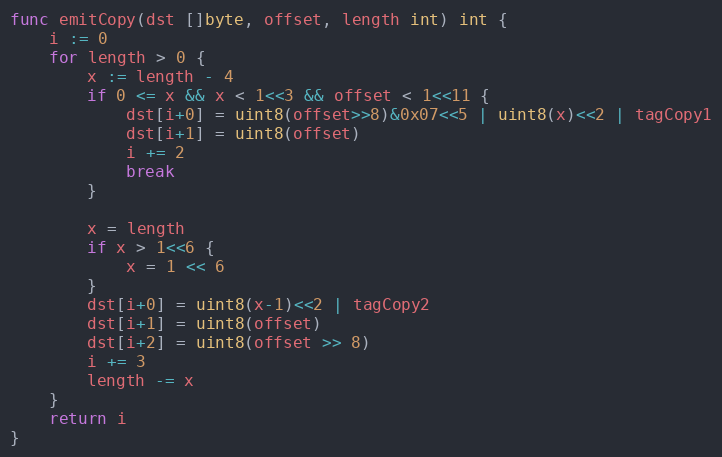
Language: Go
func emitCopy(dst []byte, offset, length int) int {
	i := 0
	for length > 0 {
		x := length - 4
		if 0 <= x && x < 1<<3 && offset < 1<<11 {
			dst[i+0] = uint8(offset>>8)&0x07<<5 | uint8(x)<<2 | tagCopy1
			dst[i+1] = uint8(offset)
			i += 2
			break
		}

		x = length
		if x > 1<<6 {
			x = 1 << 6
		}
		dst[i+0] = uint8(x-1)<<2 | tagCopy2
		dst[i+1] = uint8(offset)
		dst[i+2] = uint8(offset >> 8)
		i += 3
		length -= x
	}
	return i
}